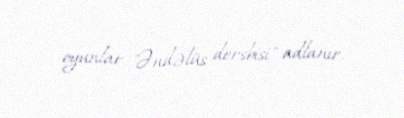
oyunlar "Əndəlüs dersbisi" adlanır.